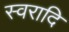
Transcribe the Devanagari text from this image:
स्वरादि